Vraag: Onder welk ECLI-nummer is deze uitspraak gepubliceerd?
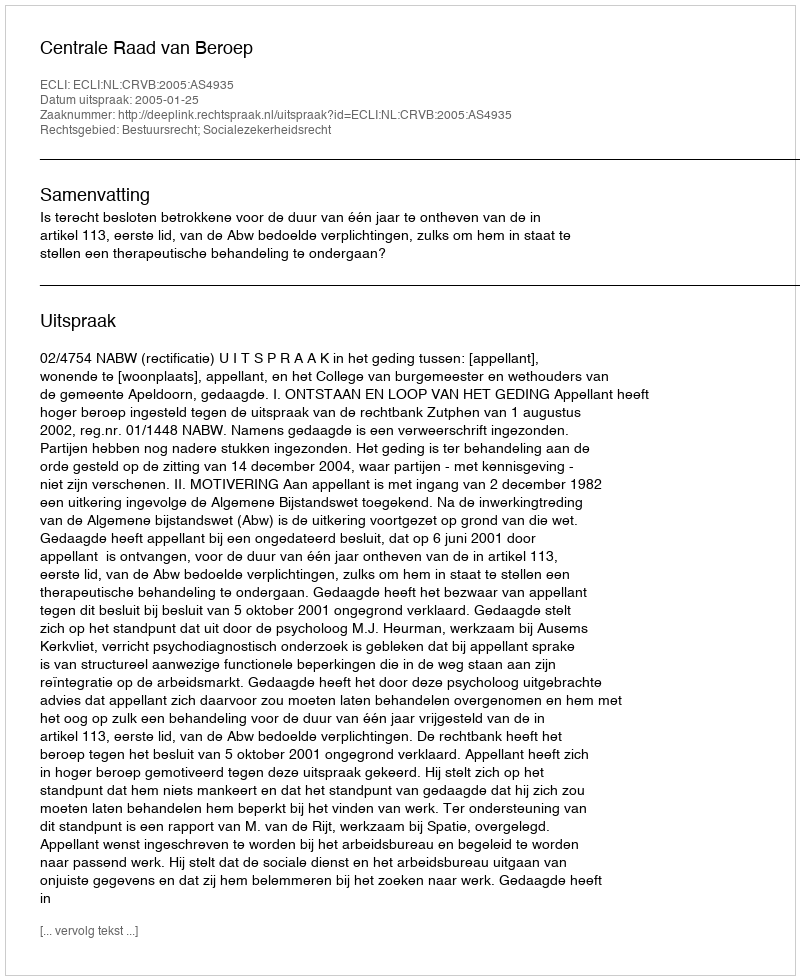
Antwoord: ECLI:NL:CRVB:2005:AS4935